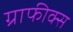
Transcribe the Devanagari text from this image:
ग्राफीक्स